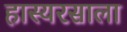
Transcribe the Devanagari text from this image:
हास्यरसाला